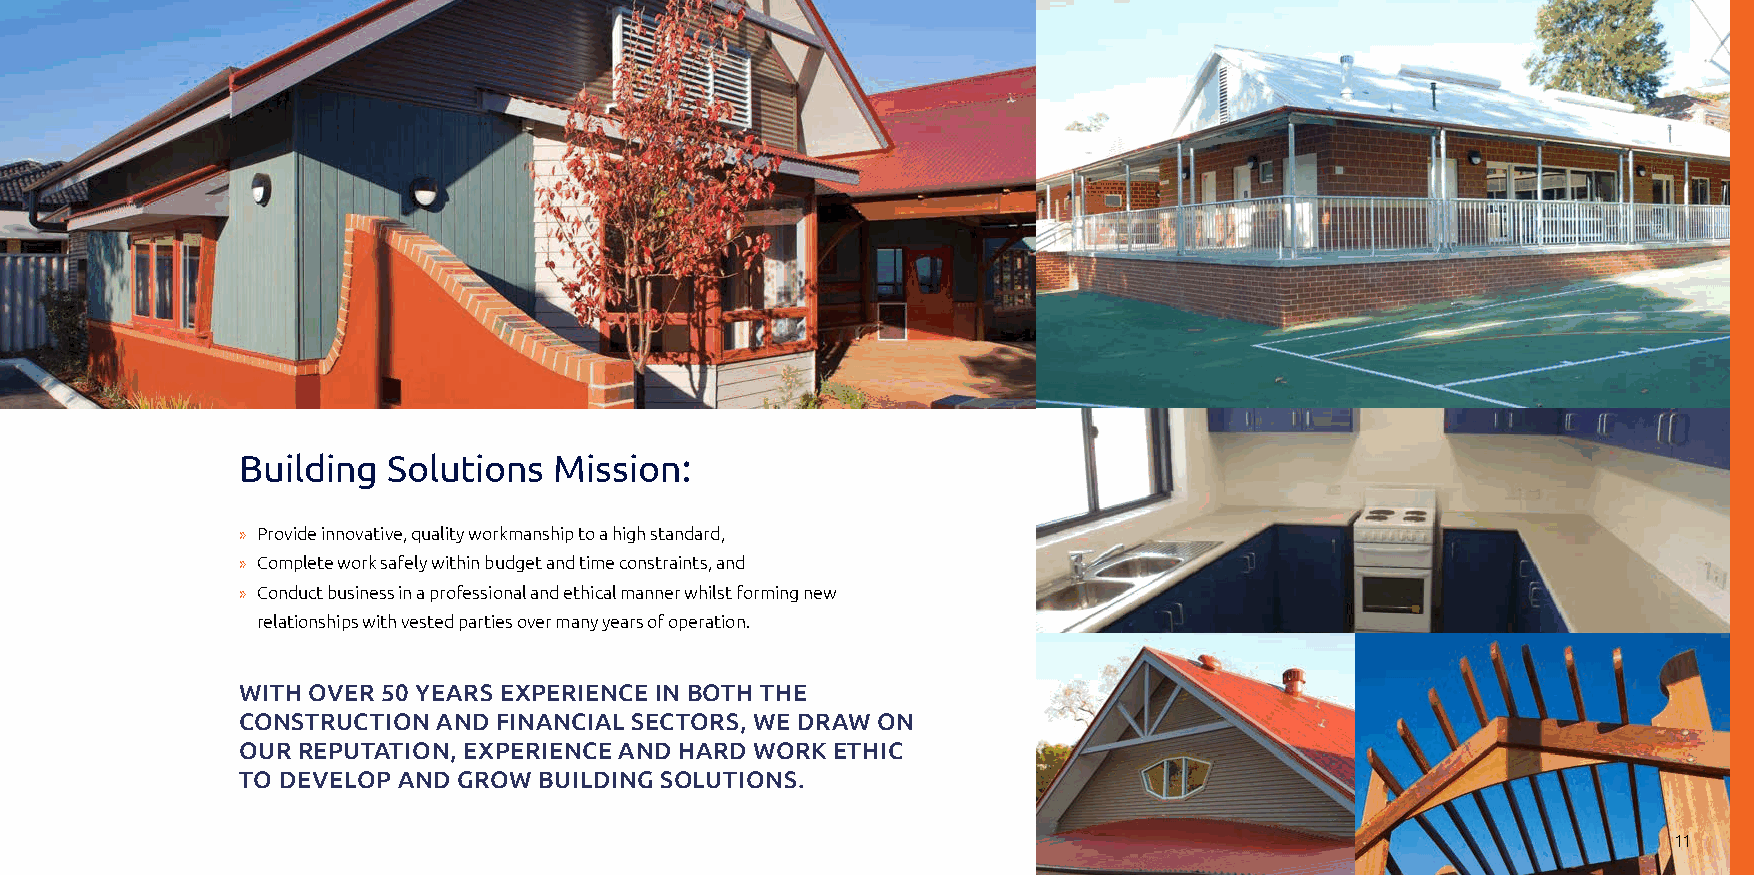
Building  Solutions  Mission:
 » Provide innovative, quality workmanship to a high standard,
 » Complete work safely within budget and time constraints, and
 » Conduct business in a professional and ethical manner whilst forming new
 relationships with vested parties over many years of operation.
 WITH OVER 50 YEARS EXPERIENCE IN BOTH THE
 CONSTRUCTION AND FINANCIAL SECTORS, WE DRAW ON
 OUR REPUTATION, EXPERIENCE AND HARD WORK ETHIC
 TO DEVELOP AND GROW BUILDING SOLUTIONS.
 11